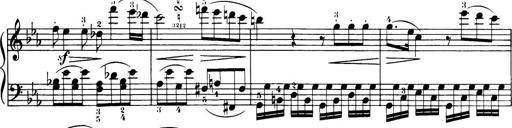
Title: 32 Sonatinas and Rondos for the Piano
Composer: Richard Kleinmichel